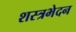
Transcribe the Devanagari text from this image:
शस्त्रभेदन